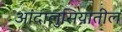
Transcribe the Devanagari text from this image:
आंदालुसियातील